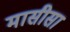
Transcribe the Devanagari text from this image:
मासीसा